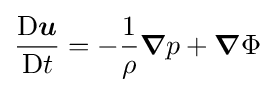
{\frac {\mathrm {D} {\boldsymbol {u}}}{\mathrm {D} t}}=-{\frac {1}{\rho }}{\boldsymbol {\nabla }}p+{\boldsymbol {\nabla }}\Phi